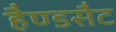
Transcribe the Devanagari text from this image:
हैण्डसैट